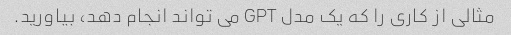
مثالی از کاری را که یک مدل GPT می تواند انجام دهد، بیاورید.